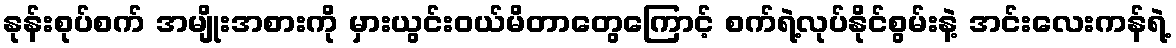
နုန်းစုပ်စက် အမျိုးအစားကို မှားယွင်းဝယ်မိတာတွေကြောင့် စက်ရဲ့လုပ်နိုင်စွမ်းနဲ့ အင်းလေးကန်ရဲ့